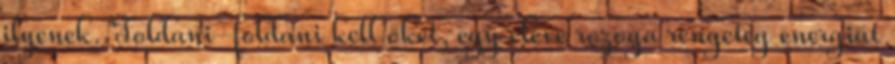
ilyenek. Toldani-foldani kell őket, egy eleve rozoga rengeteg energiát